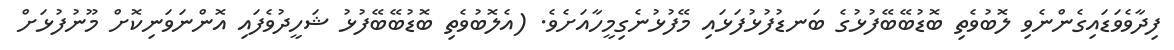
ފިދާވެވަޑައިގެންނެވި ލޮބުވެތި ބޮޑުބޭބޭފުޅުގެ ބަނޑުފުޅުފަޅައި މޭފުޅުނެގިމީހާއަށެވެ. (އެލޮބުވެތި ބޮޑުބޭބޭފުޅު ޝަހީދުވެފައި އޮންނަވަނިކޮށް މޫނުފުޅަށް